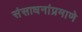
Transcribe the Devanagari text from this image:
संसाधनांप्रमाणे